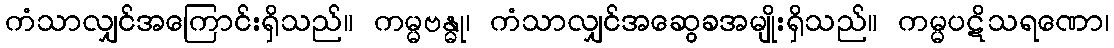
ကံသာလျှင်အကြောင်းရှိသည်။ ကမ္မဗန္ဓု၊ ကံသာလျှင်အဆွေခအမျိုးရှိသည်။ ကမ္မပဋိသရဏော၊